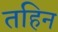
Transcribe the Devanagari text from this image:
तहिन